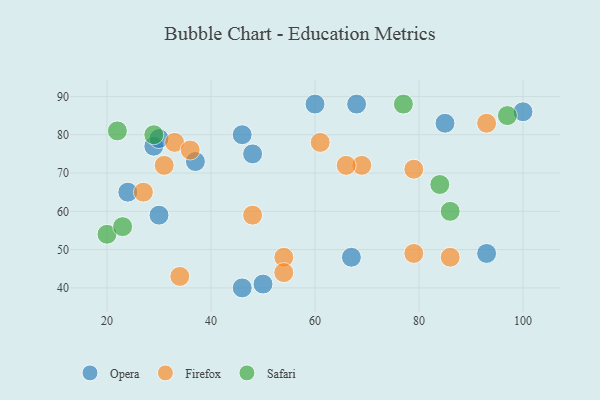
{"axis": {"x": "GDP", "y": "Life Expectancy"}, "legend": ["Firefox", "Opera", "Safari"], "data": [{"x": "29", "y": 77, "type": "Opera"}, {"x": "100", "y": 86, "type": "Opera"}, {"x": "50", "y": 41, "type": "Opera"}, {"x": "46", "y": 40, "type": "Opera"}, {"x": "93", "y": 49, "type": "Opera"}, {"x": "68", "y": 88, "type": "Opera"}, {"x": "85", "y": 83, "type": "Opera"}, {"x": "67", "y": 48, "type": "Opera"}, {"x": "46", "y": 80, "type": "Opera"}, {"x": "30", "y": 59, "type": "Opera"}, {"x": "24", "y": 65, "type": "Opera"}, {"x": "30", "y": 79, "type": "Opera"}, {"x": "37", "y": 73, "type": "Opera"}, {"x": "60", "y": 88, "type": "Opera"}, {"x": "48", "y": 75, "type": "Opera"}, {"x": "86", "y": 48, "type": "Firefox"}, {"x": "79", "y": 49, "type": "Firefox"}, {"x": "61", "y": 78, "type": "Firefox"}, {"x": "34", "y": 43, "type": "Firefox"}, {"x": "54", "y": 48, "type": "Firefox"}, {"x": "54", "y": 44, "type": "Firefox"}, {"x": "31", "y": 72, "type": "Firefox"}, {"x": "48", "y": 59, "type": "Firefox"}, {"x": "33", "y": 78, "type": "Firefox"}, {"x": "36", "y": 76, "type": "Firefox"}, {"x": "69", "y": 72, "type": "Firefox"}, {"x": "79", "y": 71, "type": "Firefox"}, {"x": "66", "y": 72, "type": "Firefox"}, {"x": "27", "y": 65, "type": "Firefox"}, {"x": "93", "y": 83, "type": "Firefox"}, {"x": "20", "y": 54, "type": "Safari"}, {"x": "86", "y": 60, "type": "Safari"}, {"x": "84", "y": 67, "type": "Safari"}, {"x": "23", "y": 56, "type": "Safari"}, {"x": "77", "y": 88, "type": "Safari"}, {"x": "97", "y": 85, "type": "Safari"}, {"x": "29", "y": 80, "type": "Safari"}, {"x": "22", "y": 81, "type": "Safari"}]}